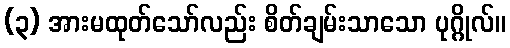
(၃) အားမထုတ်သော်လည်း စိတ်ချမ်းသာသော ပုဂ္ဂိုလ်။